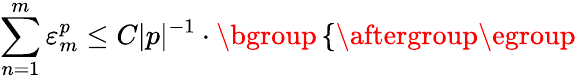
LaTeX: \sum_{n=1}^{m}\varepsilon_{m}^{p}\leq C|p|^{-1}\cdot\mathopen{}\mathclose\bgroup\left\{ \begin{array}{rlr}\end{array}\aftergroup\egroup\right.